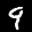
Label: 9